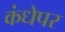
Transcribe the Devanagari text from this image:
कंधेपर